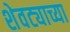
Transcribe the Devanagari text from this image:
शेवट्याच्या